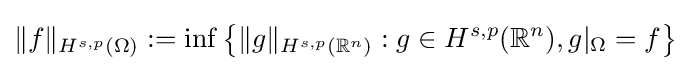
\|f\|_{H^{s,p}(\Omega )}:=\inf \left\{\|g\|_{H^{s,p}(\mathbb {R} ^{n})}:g\in H^{s,p}(\mathbb {R} ^{n}),g|_{\Omega }=f\right\}